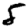
Digit: 5